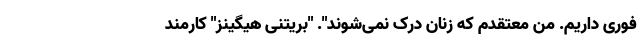
فوری داریم. من معتقدم که زنان درک نمی‌شوند". "بریتنی هیگینز" کارمند